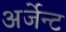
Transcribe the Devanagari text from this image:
अर्जेन्ट